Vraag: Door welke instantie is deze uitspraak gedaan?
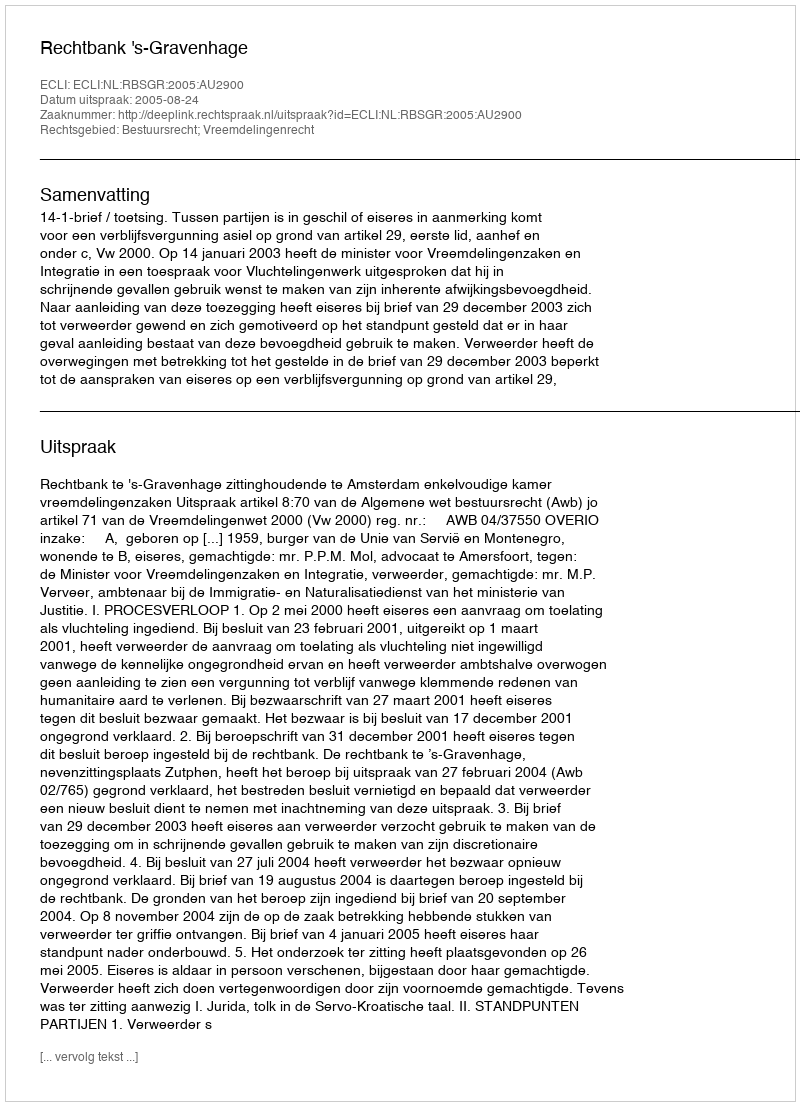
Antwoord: Rechtbank 's-Gravenhage